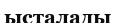
ысталады